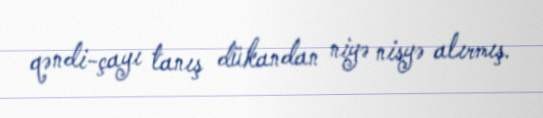
qəndi-çayı tanış dükandan niyə nisyə alırmış.